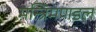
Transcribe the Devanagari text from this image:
मन्त्रिमणडल